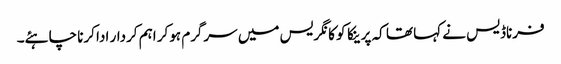
فرناڈیس نے کہا تھا کہ پرینکا کو کانگریس میں سرگرم ہوکر اہم کردار ادا کرنا چاہئے۔